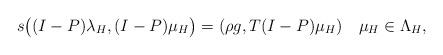
LaTeX: \begin{align*}s\bigl((I-P)\lambda_H,(I-P)\mu_H\bigr)=(\rho g,T(I-P)\mu_H)\quad\mu_H\in\Lambda_H, \end{align*}